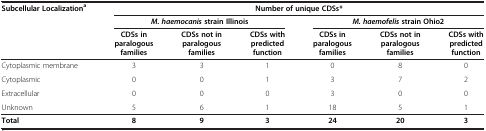
<table><thead><tr><td><b>Subcellular Localization<sup>a</sup></b></td><td colspan="6"><b>Number of unique CDSs*</b></td></tr><tr><td><b> </b></td><td colspan="3"><b><i>M. haemocanis </i>strain Illinois</b></td><td colspan="3"><b><i>M. haemofelis </i>strain Ohio2</b></td></tr><tr><td><b> </b></td><td><b>CDSs in paralogous families</b></td><td><b>CDSs not in paralogous families</b></td><td><b>CDSs with predicted function</b></td><td><b>CDSs in paralogous families</b></td><td><b>CDSs not in paralogous families</b></td><td><b>CDSs with predicted function</b></td></tr></thead><tbody><tr><td>Cytoplasmic membrane</td><td>3</td><td>3</td><td>1</td><td>0</td><td>8</td><td>0</td></tr><tr><td>Cytoplasmic</td><td>0</td><td>0</td><td>1</td><td>3</td><td>7</td><td>2</td></tr><tr><td>Extracellular</td><td>0</td><td>0</td><td>0</td><td>3</td><td>0</td><td>0</td></tr><tr><td>Unknown</td><td>5</td><td>6</td><td>1</td><td>18</td><td>5</td><td>1</td></tr><tr><td><b>Total</b></td><td><b>8</b></td><td><b>9</b></td><td><b>3</b></td><td><b>24</b></td><td><b>20</b></td><td><b>3</b></td></tr></tbody></table>